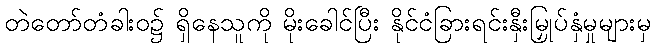
တဲတော်တံခါးဝ၌ ရှိနေသူကို မိုးခေါင်ပြီး နိုင်ငံခြားရင်းနှီးမြှုပ်နှံမှုများမှ